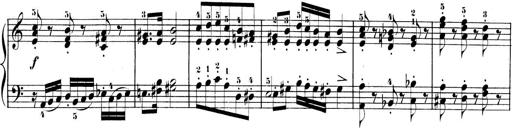
Title: 3 Sonatinen, Op.8
Composer: Isidor Wilhelm Seiss